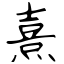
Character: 熹